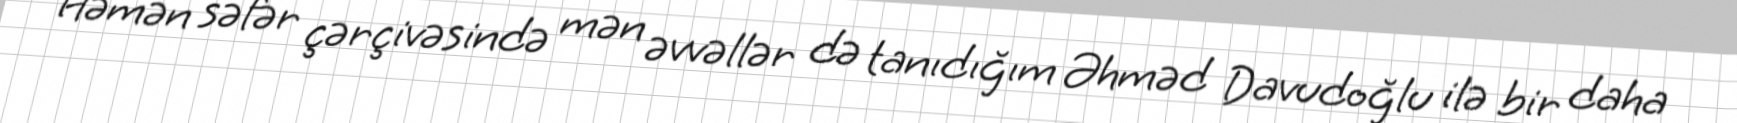
Həmən səfər çərçivəsində mən əvvəllər də tanıdığım Əhməd Davudoğlu ilə bir daha